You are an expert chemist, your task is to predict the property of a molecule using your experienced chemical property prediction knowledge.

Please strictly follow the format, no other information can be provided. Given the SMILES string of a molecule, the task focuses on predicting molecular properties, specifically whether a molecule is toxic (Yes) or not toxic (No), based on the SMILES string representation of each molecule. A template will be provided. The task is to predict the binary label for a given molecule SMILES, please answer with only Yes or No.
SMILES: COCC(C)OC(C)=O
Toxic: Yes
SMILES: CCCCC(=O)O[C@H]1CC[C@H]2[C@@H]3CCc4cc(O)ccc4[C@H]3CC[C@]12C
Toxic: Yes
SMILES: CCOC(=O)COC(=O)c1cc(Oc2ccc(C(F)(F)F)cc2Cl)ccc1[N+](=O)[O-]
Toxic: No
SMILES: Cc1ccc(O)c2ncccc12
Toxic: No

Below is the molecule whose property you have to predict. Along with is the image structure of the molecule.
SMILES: O=C(N[C@H]1N=C(c2ccccc2F)c2cccc3c2N(CC3)C1=O)c1cc2ccccc2[nH]1
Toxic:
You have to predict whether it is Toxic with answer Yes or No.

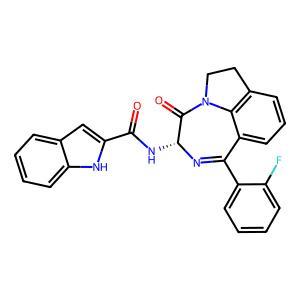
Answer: No